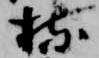
持